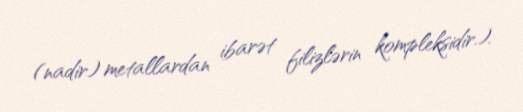
(nadir) metallardan ibarət filizlərin kompleksidir.).